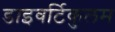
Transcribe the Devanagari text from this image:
डाइवर्टिकुलम